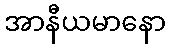
အာနီယမာနော